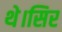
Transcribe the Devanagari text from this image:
थे।सिर